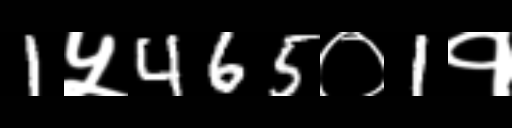
Text: 1५465०1१